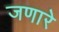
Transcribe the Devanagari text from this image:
जणारे